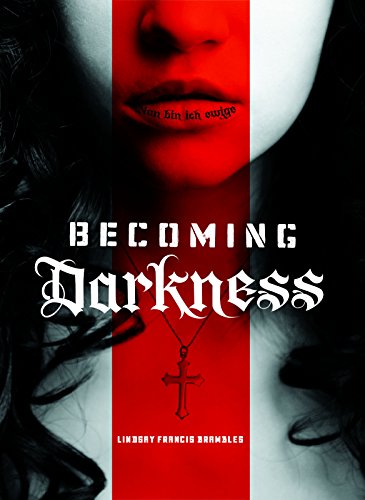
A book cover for Becoming Darkness; Lindsay Francis Brambles; Teen & Young Adult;